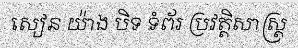
សៀន យ៉ាង បិទ ទំព័រ ប្រវត្តិសាស្ត្រ